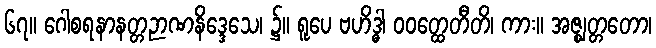
၆၇။ ဂေါစရနာနတ္တဉာဏနိဒ္ဒေသေ၊ ၌။ ရူပေ ဗဟိဒ္ဓါ ဝဝတ္ထေတီတိ၊ ကား။ အဇ္ဈတ္တတော၊